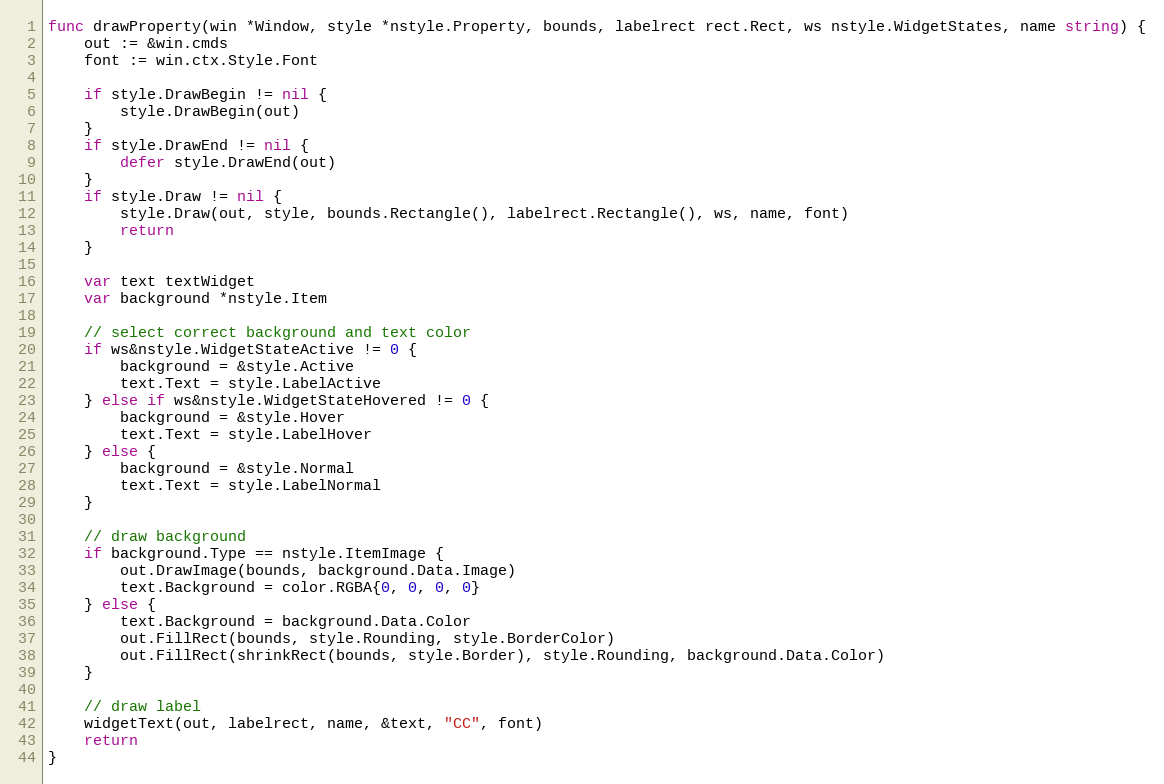
Language: Go
func drawProperty(win *Window, style *nstyle.Property, bounds, labelrect rect.Rect, ws nstyle.WidgetStates, name string) {
	out := &win.cmds
	font := win.ctx.Style.Font

	if style.DrawBegin != nil {
		style.DrawBegin(out)
	}
	if style.DrawEnd != nil {
		defer style.DrawEnd(out)
	}
	if style.Draw != nil {
		style.Draw(out, style, bounds.Rectangle(), labelrect.Rectangle(), ws, name, font)
		return
	}

	var text textWidget
	var background *nstyle.Item

	// select correct background and text color
	if ws&nstyle.WidgetStateActive != 0 {
		background = &style.Active
		text.Text = style.LabelActive
	} else if ws&nstyle.WidgetStateHovered != 0 {
		background = &style.Hover
		text.Text = style.LabelHover
	} else {
		background = &style.Normal
		text.Text = style.LabelNormal
	}

	// draw background
	if background.Type == nstyle.ItemImage {
		out.DrawImage(bounds, background.Data.Image)
		text.Background = color.RGBA{0, 0, 0, 0}
	} else {
		text.Background = background.Data.Color
		out.FillRect(bounds, style.Rounding, style.BorderColor)
		out.FillRect(shrinkRect(bounds, style.Border), style.Rounding, background.Data.Color)
	}

	// draw label
	widgetText(out, labelrect, name, &text, "CC", font)
	return
}